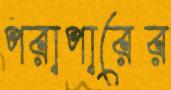
পরাপারের